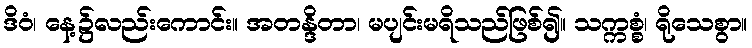
ဒိဝံ၊ နေ့၌လည်းကောင်း။ အတန္ဒိတာ၊ မပျင်းမရိသည်ဖြစ်၍။ သက္ကစ္စံ၊ ရိုသေစွာ။